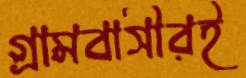
গ্রামবাসীরই